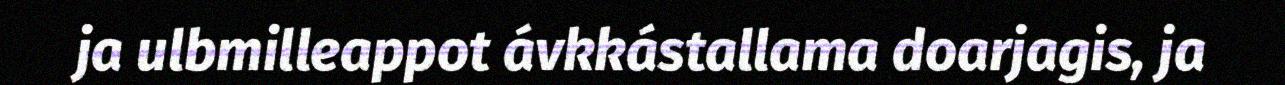
ja ulbmilleappot ávkkástallama doarjagis, ja